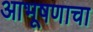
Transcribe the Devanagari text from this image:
आभूषणाचा